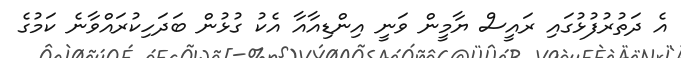
އެ ދަތުރުފުޅުގައި ރައީސް ޔާމީން ވަނީ އިންޑިއާއާ އެކު ގުޅުން ބަދަހިކުރައްވާނެ ކަމުގެ